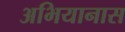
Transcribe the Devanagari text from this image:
अभियानास